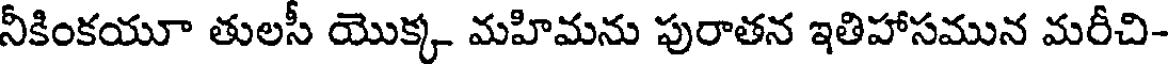
నీకింకయూ తులసీ యొక్క మహిమను పురాతన ఇతిహాసమున మరీచి-